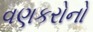
વણકરોનો